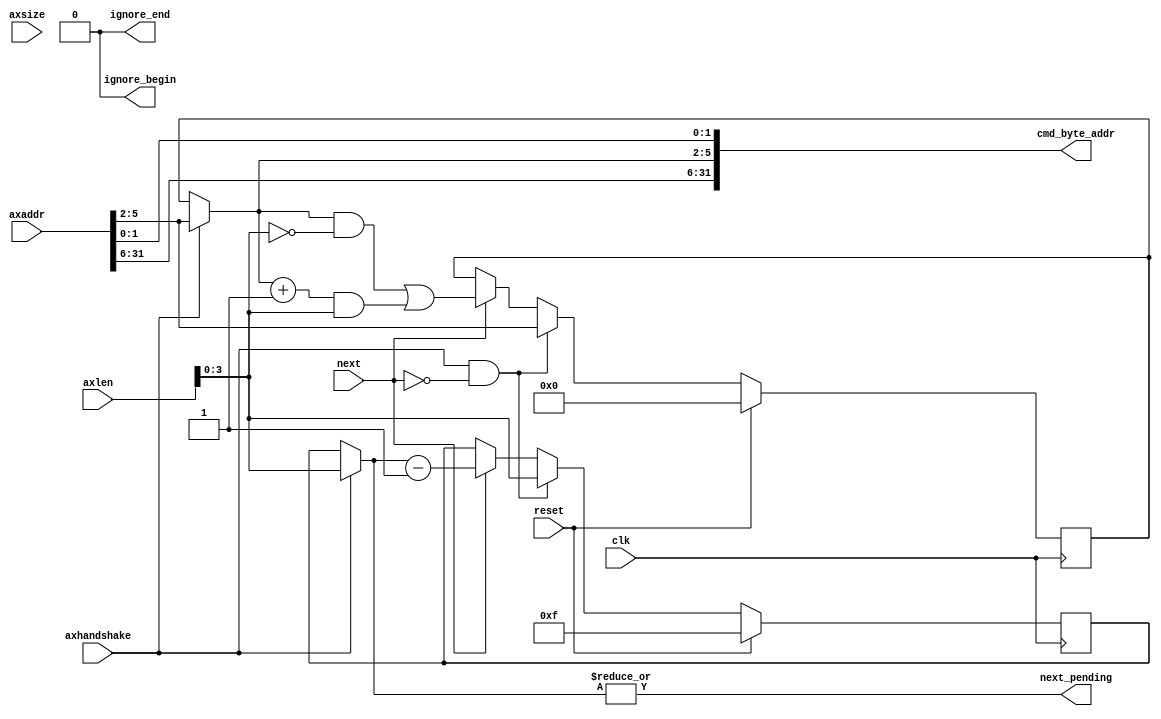
// -- (c) Copyright 2013 Xilinx, Inc. All rights reserved. 
// --                                                             
// -- This file contains confidential and proprietary information 
// -- of Xilinx, Inc. and is protected under U.S. and             
// -- international copyright and other intellectual property     
// -- laws.                                                       
// --                                                             
// -- DISCLAIMER                                                  
// -- This disclaimer is not a license and does not grant any     
// -- rights to the materials distributed herewith. Except as     
// -- otherwise provided in a valid license issued to you by      
// -- Xilinx, and to the maximum extent permitted by applicable   
// -- law: (1) THESE MATERIALS ARE MADE AVAILABLE "AS IS" AND     
// -- WITH ALL FAULTS, AND XILINX HEREBY DISCLAIMS ALL WARRANTIES 
// -- AND CONDITIONS, EXPRESS, IMPLIED, OR STATUTORY, INCLUDING   
// -- BUT NOT LIMITED TO WARRANTIES OF MERCHANTABILITY, NON-      
// -- INFRINGEMENT, OR FITNESS FOR ANY PARTICULAR PURPOSE; and    
// -- (2) Xilinx shall not be liable (whether in contract or tort,
// -- including negligence, or under any other theory of          
// -- liability) for any loss or damage of any kind or nature     
// -- related to, arising under or in connection with these       
// -- materials, including for any direct, or any indirect,       
// -- special, incidental, or consequential loss or damage        
// -- (including loss of data, profits, goodwill, or any type of  
// -- loss or damage suffered as a result of any action brought   
// -- by a third party) even if such damage or loss was           
// -- reasonably foreseeable or Xilinx had been advised of the    
// -- possibility of the same.                                    
// --                                                             
// -- CRITICAL APPLICATIONS                                       
// -- Xilinx products are not designed or intended to be fail-    
// -- safe, or for use in any application requiring fail-safe     
// -- performance, such as life-support or safety devices or      
// -- systems, Class III medical devices, nuclear facilities,     
// -- applications related to the deployment of airbags, or any   
// -- other applications that could lead to death, personal       
// -- injury, or severe property or environmental damage          
// -- (individually and collectively, "Critical                   
// -- Applications"). Customer assumes the sole risk and          
// -- liability of any use of Xilinx products in Critical         
// -- Applications, subject only to applicable laws and           
// -- regulations governing limitations on product liability.     
// --                                                             
// -- THIS COPYRIGHT NOTICE AND DISCLAIMER MUST BE RETAINED AS    
// -- PART OF THIS FILE AT ALL TIMES.                             
// --  
///////////////////////////////////////////////////////////////////////////////
//
//
// Description: 
// MC does not support an AXI WRAP command directly.  
// To complete an AXI WRAP transaction we will issue one transaction if the
// address is wrap boundary aligned, otherwise two transactions are issued.
// The first transaction is from the starting offset to the wrap address upper
// boundary.  The second transaction is from the wrap boundary lowest address
// to the address offset. WRAP burst types will never exceed 16 beats.
//
// Calculates the number of MC beats for each axi transaction for WRAP
// burst type ( for all axsize values = C_DATA_WIDTH ):
// AR_SIZE   | AR_LEN     | OFFSET | NUM_BEATS 1 | NUM_BEATS 2
// b010(  4) | b0001(  2) |  b0000 |   2         |   0 
// b010(  4) | b0001(  2) |  b0001 |   1         |   1 
// b010(  4) | b0011(  4) |  b0000 |   4         |   0 
// b010(  4) | b0011(  4) |  b0001 |   3         |   1 
// b010(  4) | b0011(  4) |  b0010 |   2         |   2 
// b010(  4) | b0011(  4) |  b0011 |   1         |   3 
// b010(  4) | b0111(  8) |  b0000 |   8         |   0 
// b010(  4) | b0111(  8) |  b0001 |   7         |   1 
// b010(  4) | b0111(  8) |  b0010 |   6         |   2 
// b010(  4) | b0111(  8) |  b0011 |   5         |   3 
// b010(  4) | b0111(  8) |  b0100 |   4         |   4 
// b010(  4) | b0111(  8) |  b0101 |   3         |   5 
// b010(  4) | b0111(  8) |  b0110 |   2         |   6 
// b010(  4) | b0111(  8) |  b0111 |   1         |   7 
// b010(  4) | b1111( 16) |  b0000 |  16         |   0 
// b010(  4) | b1111( 16) |  b0001 |  15         |   1 
// b010(  4) | b1111( 16) |  b0010 |  14         |   2 
// b010(  4) | b1111( 16) |  b0011 |  13         |   3 
// b010(  4) | b1111( 16) |  b0100 |  12         |   4 
// b010(  4) | b1111( 16) |  b0101 |  11         |   5 
// b010(  4) | b1111( 16) |  b0110 |  10         |   6 
// b010(  4) | b1111( 16) |  b0111 |   9         |   7 
// b010(  4) | b1111( 16) |  b1000 |   8         |   8 
// b010(  4) | b1111( 16) |  b1001 |   7         |   9 
// b010(  4) | b1111( 16) |  b1010 |   6         |  10 
// b010(  4) | b1111( 16) |  b1011 |   5         |  11 
// b010(  4) | b1111( 16) |  b1100 |   4         |  12 
// b010(  4) | b1111( 16) |  b1101 |   3         |  13 
// b010(  4) | b1111( 16) |  b1110 |   2         |  14 
// b010(  4) | b1111( 16) |  b1111 |   1         |  15 
///////////////////////////////////////////////////////////////////////////////

`timescale 1ps/1ps
`default_nettype none

module mig_7series_v4_0_axi_mc_wrap_cmd #
(
///////////////////////////////////////////////////////////////////////////////
// Parameter Definitions
///////////////////////////////////////////////////////////////////////////////
                    // Width of AxADDR
                    // Range: 32.
  parameter integer C_AXI_ADDR_WIDTH            = 32, 
                    // Width of cmd_byte_addr
                    // Range: 30
  parameter integer C_MC_ADDR_WIDTH             = 30,
                    // MC burst length. = 1 for BL4 or BC4, = 2 for BL8
  parameter integer C_MC_BURST_LEN              = 1,
                    // Width of AXI xDATA and MC xx_data
                    // Range: 32, 64, 128.
  parameter integer C_DATA_WIDTH                = 32,
                    // Static value of axsize
                    // Range: 2-5
  parameter integer C_AXSIZE                    = 2,
                    // Instance for Read channel or write channel
  parameter integer C_MC_RD_INST                = 0
)
(
///////////////////////////////////////////////////////////////////////////////
// Port Declarations     
///////////////////////////////////////////////////////////////////////////////
  input  wire                                 clk           , 
  input  wire                                 reset         , 
  input  wire [C_AXI_ADDR_WIDTH-1:0]          axaddr        , 
  input  wire [7:0]                           axlen         , 
  input  wire [2:0]                           axsize        , // C_AXSIZE parameter is used instead
  // axhandshake = axvalid & axready
  input  wire                                 axhandshake   , 
  output wire [C_AXI_ADDR_WIDTH-1:0]          cmd_byte_addr ,
  output wire                                 ignore_begin  ,
  output wire                                 ignore_end    ,
  // Connections to/from fsm module
  // signal to increment to the next mc transaction 
  input  wire                                 next          , 
  // signal to the fsm there is another transaction required
  output wire                                 next_pending 

);
////////////////////////////////////////////////////////////////////////////////
// Local parameters
////////////////////////////////////////////////////////////////////////////////
localparam P_AXLEN_WIDTH = 4;
////////////////////////////////////////////////////////////////////////////////
// Wire and register declarations
////////////////////////////////////////////////////////////////////////////////
reg                         sel_first_r;
reg  [3:0]                  axlen_cnt;
reg  [3:0]                  int_addr;
reg                         int_next_pending_r;

wire                        sel_first;
wire [3:0]                  axlen_i;
wire [3:0]                  axlen_cnt_i;
wire [3:0]                  axlen_cnt_t;
wire [3:0]                  axlen_cnt_p;

wire                        addr_offset;
wire  [C_AXI_ADDR_WIDTH-1:0] axaddr_wrap;
wire [3:0]                  int_addr_t;
wire [3:0]                  int_addr_p;
wire [3:0]                  int_addr_t_inc;
wire                        int_next_pending;
wire                        extra_cmd;

////////////////////////////////////////////////////////////////////////////////
// BEGIN RTL
////////////////////////////////////////////////////////////////////////////////
assign cmd_byte_addr = axaddr_wrap;
assign axlen_i = axlen[3:0];

assign axaddr_wrap = {axaddr[C_AXI_ADDR_WIDTH-1:C_AXSIZE+4], int_addr_t[3:0], axaddr[C_AXSIZE-1:0]};

generate
  if(C_MC_BURST_LEN == 1) begin
    assign addr_offset = 1'b0;
    assign int_addr_t = axhandshake ? (axaddr[C_AXSIZE+: 4]) : int_addr;

  end else begin
    // Figuring out if the address have an offset for padding data in BL8 case
    assign addr_offset = axaddr[C_AXSIZE];

    if(C_MC_RD_INST == 0) // axhandshake & next won't occur in same cycle in Write channel 2:1 mode
      assign int_addr_t = int_addr;
    else
      assign int_addr_t = axhandshake ? (axaddr[C_AXSIZE+: 4]) : int_addr;
  end
endgenerate

assign int_addr_t_inc = int_addr_t + C_MC_BURST_LEN;

assign int_addr_p = ((int_addr_t & ~axlen_i) | (int_addr_t_inc & axlen_i));

always @(posedge clk) begin
  if(reset)
    int_addr <= 4'h0;
  else if (axhandshake & ~next)
    int_addr <= (axaddr[C_AXSIZE+: 4]);
  else if(next)
    int_addr <= int_addr_p;
end

// assign axlen_cnt_i = (C_MC_BURST_LEN == 1) ? axlen_i : (extra_cmd ? ((axlen_i >> 1) + 1'b1) : (axlen_i >> 1));
assign axlen_cnt_i = (C_MC_BURST_LEN == 1) ? axlen_i : (axlen_i >> 1);

assign axlen_cnt_t = axhandshake ? axlen_cnt_i : axlen_cnt;

assign axlen_cnt_p = (axlen_cnt_t - 1'b1);

always @(posedge clk) begin
  if(reset)
    axlen_cnt <= 4'hf;
  else if (axhandshake & ~next)
    axlen_cnt <= axlen_cnt_i;
  else if(next)
    axlen_cnt <= axlen_cnt_p;
end  

assign extra_cmd = addr_offset;

assign next_pending = extra_cmd ? int_next_pending_r : int_next_pending;

assign int_next_pending = |axlen_cnt_t;

always @(posedge clk) begin
  if(reset)
    int_next_pending_r <= 1'b1;
  else if(extra_cmd & next)
    int_next_pending_r <= int_next_pending;
end

// Ignore logic for first transaction        
assign ignore_begin = sel_first ? addr_offset : 1'b0;

// Ignore logic for second transaction.    
assign ignore_end = next_pending ? 1'b0 : addr_offset;

// Indicates if we are on the first transaction of a mc translation with more than 1 transaction.
assign sel_first = (axhandshake | sel_first_r);

always @(posedge clk) begin
  if (reset)
    sel_first_r <= 1'b0;
  else if(axhandshake & ~next)
    sel_first_r <= 1'b1;
  else if(next)
    sel_first_r <= 1'b0;
end

endmodule
`default_nettype wire